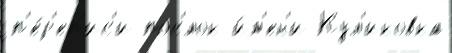
п'е́р'еп'ис'и пос'́лок и́м'ен'и Кул'иковка